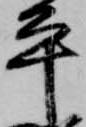
平